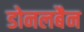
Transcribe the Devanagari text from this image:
डोनलबैन